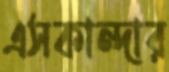
এসকান্দার